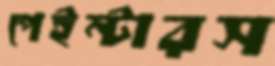
পেইন্টারস